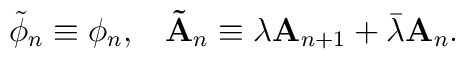
\tilde{\phi}_n\equiv \phi _n,\;\;\;\mathbf{\tilde{A}}_n\equiv \lambda \mathbf{A}_{n+1}+\bar{\lambda}\mathbf{A}_n.